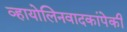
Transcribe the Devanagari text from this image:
व्हायोलिनवादकांपेकी